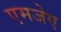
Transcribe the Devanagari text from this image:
एमजेए